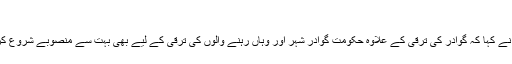
’
احسن اقبال نے کہا کہ گوادر کی ترقی کے علاوہ حکومت گوادر شہر اور وہاں رہنے والوں کی ترقی کے لیے بھی بہت سے منصوبے شروع کر رہی ہے۔